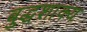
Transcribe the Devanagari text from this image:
बुद्धशाक्य